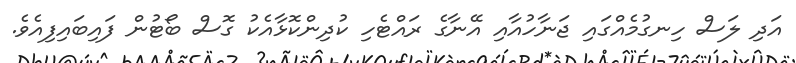
އަދި ލަސް ހިނގުމެއްގައި ޖަނާހުއާއި އޭނާގެ ރައްޓެހި ކުދިންކޮޅާއެކު ގޮސް ބޯޓުން ފައިބައިފިއެވެ.